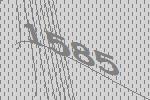
1585